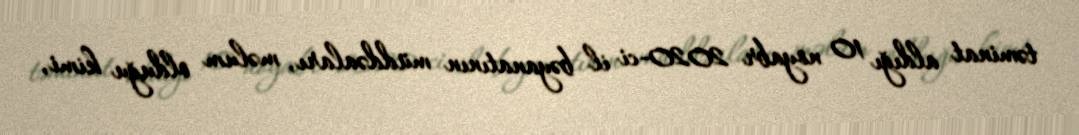
təminat aldığı 10 noyabr 2020-ci il bəyanatının müddəaları, məlum olduğu kimi,